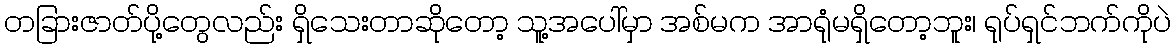
တခြားဇာတ်ပို့တွေလည်း ရှိသေးတာဆိုတော့ သူ့အပေါ်မှာ အစ်မက အာရုံမရှိတော့ဘူး၊ ရုပ်ရှင်ဘက်ကိုပဲ